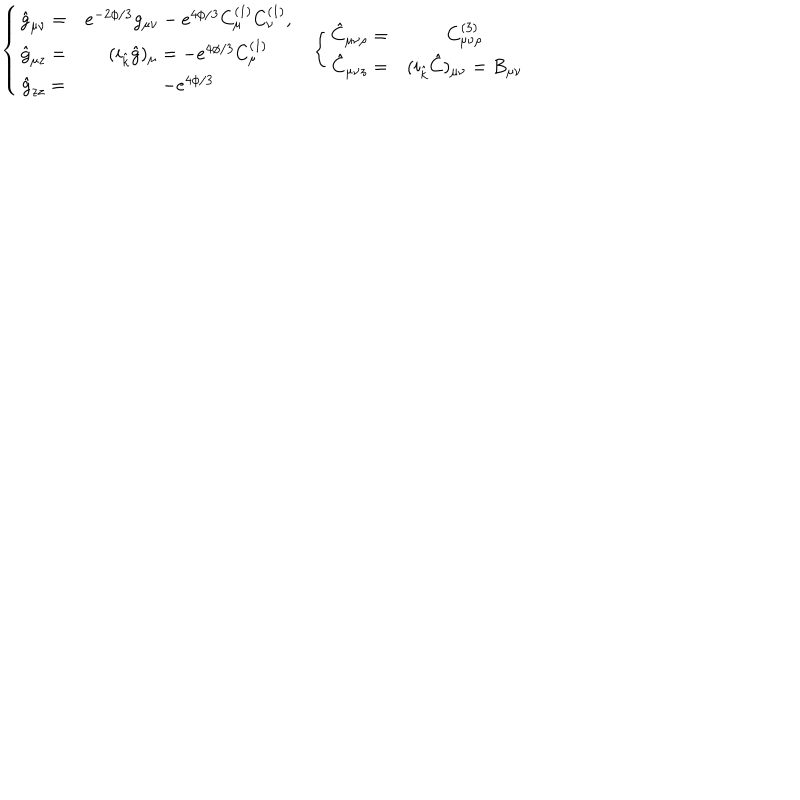
\left. \begin{array} { c c } { { \left\{ \begin{array} { c c } { { \hat { g } _ { \mu \nu } = } } & { { e ^ { - 2 \phi / 3 } g _ { \mu \nu } - e ^ { 4 \phi / 3 } C _ { \mu } ^ { ( 1 ) } C _ { \nu } ^ { ( 1 ) } , } } \\ { { \hat { g } _ { \mu z } = } } & { { ( i _ { \hat { k } } \hat { g } ) _ { \mu } = - e ^ { 4 \phi / 3 } C _ { \mu } ^ { ( 1 ) } } } \\ { { \hat { g } _ { z z } = } } & { { - e ^ { 4 \phi / 3 } } } \\ \end{array} \right. } } & { { \left\{ \begin{array} { c c } { { \hat { C } _ { \mu \nu \rho } = } } & { { C _ { \mu \nu \rho } ^ { ( 3 ) } } } \\ { { \hat { C } _ { \mu \nu z } = } } & { { ( i _ { \hat { k } } \hat { C } ) _ { \mu \nu } = B _ { \mu \nu } } } \\ \end{array} \right. } } \\ \end{array} \right.